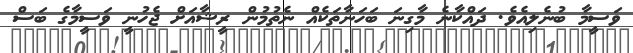
ވަސީމާ ބުނެލިއެވެ. ދައްކާނެ މާގިނަ ބަހަނާތަކެއް ނެތުމުން ރީޝާއަށް ޖެހުނީ ވަސީމާގެ ބަސް